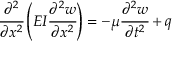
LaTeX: { \cfrac { \partial ^ { 2 } } { \partial x ^ { 2 } } } \left( E I { \cfrac { \partial ^ { 2 } w } { \partial x ^ { 2 } } } \right) = - \mu { \cfrac { \partial ^ { 2 } w } { \partial t ^ { 2 } } } + q